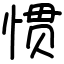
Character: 惯